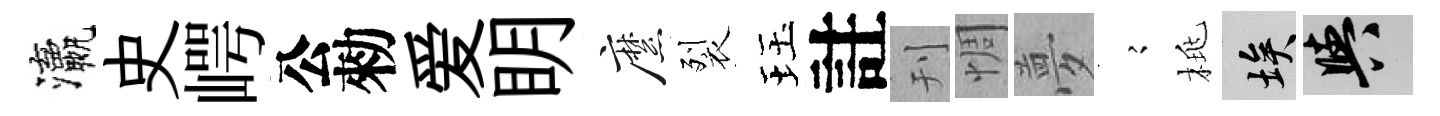
瀛史崿公勑爱眀縻裂珏註刊惆夢𡪹桃埃阳